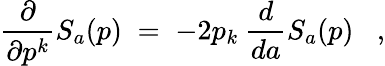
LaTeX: \frac{\partial}{\partial p^{k}}S_{a}(p)\; =\; -2p_{k}\: \frac{d}{da}S_{a}(p)\; \; \; ,